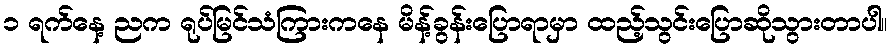
၁ ရက်နေ့ ညက ရုပ်မြင်သံကြားကနေ မိန့်ခွန်းပြောရာမှာ ထည့်သွင်းပြောဆိုသွားတာပါ။